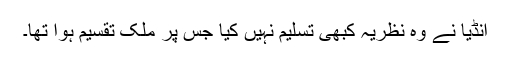
انڈیا نے وہ نظریہ کبھی تسلیم نہیں کیا جس پر ملک تقسیم ہوا تھا۔